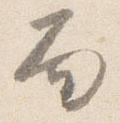
面